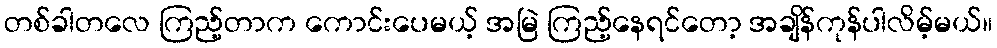
တစ်ခါတလေ ကြည့်တာက ကောင်းပေမယ့် အမြဲ ကြည့်နေရင်တော့ အချိန်ကုန်ပါလိမ့်မယ်။